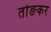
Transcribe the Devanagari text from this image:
तोङकर